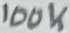
Text: 100K